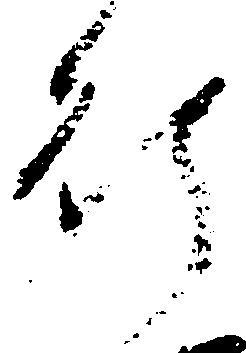
行